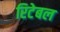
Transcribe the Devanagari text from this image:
रिटेबल